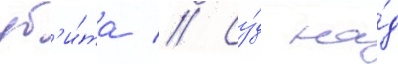
уб'и́та // Су́д на́д